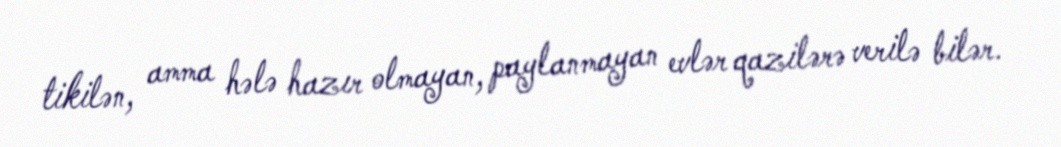
tikilən, amma hələ hazır olmayan, paylanmayan evlər qazilərə verilə bilər.